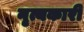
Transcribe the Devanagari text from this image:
नृत्यकारी